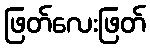
ဖြတ်လေးဖြတ်